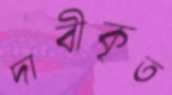
দাবীকৃত